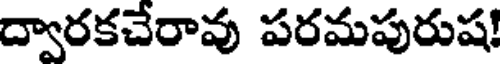
ద్వారకచేరావు పరమపురుష!